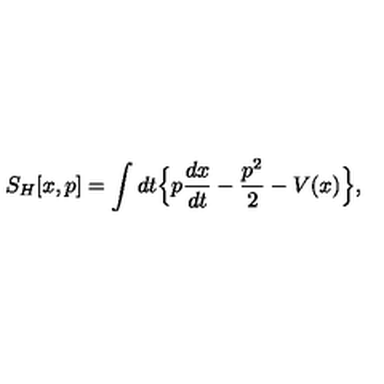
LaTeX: S _ { H } [ x , p ] = \int d t \Big \{ p \frac { d x } { d t } - \frac { p ^ { 2 } } { 2 } - V ( x ) \Big \} ,